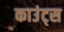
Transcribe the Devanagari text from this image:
काउंट्स